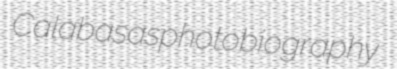
Calabasas photobiography